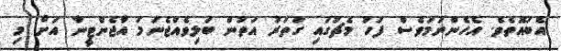
އެބައޮތެވެ. އެހެންނަމަވެސް ފަހު މެޗުގައި ގަތަރު އަތުން ބަލިވެއްޖެނަމަ އާޖެންޓީނާ އަށް މި